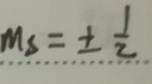
\[m_s=\pm\frac{1}{2}\]